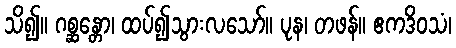
သိ၍။ ဂစ္ဆန္တော၊ ထပ်၍သွားလသော်။ ပုန၊ တဖန်။ ဧကဒိဝသံ၊